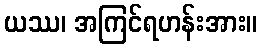
ယဿ၊ အကြင်ရဟန်းအား။